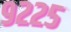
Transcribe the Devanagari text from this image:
९२२५